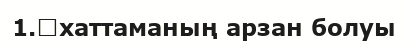
1.	хаттаманың арзан болуы